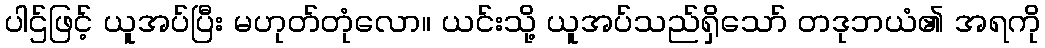
ပါဌ်ဖြင့် ယူအပ်ပြီး မဟုတ်တုံလော။ ယင်းသို့ ယူအပ်သည်ရှိသော် တဒုဘယံ၏ အရကို